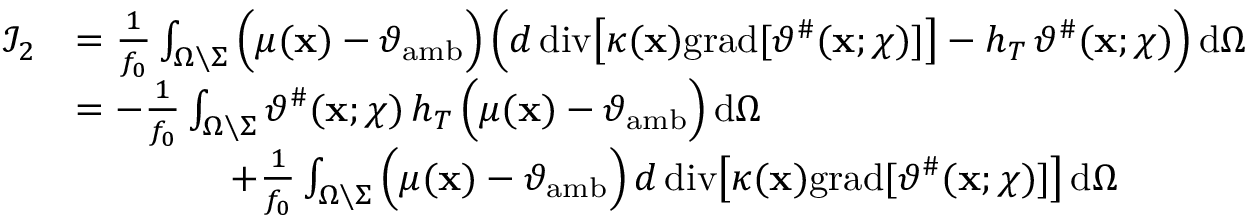
\begin{array} { r l } { \mathcal { I } _ { 2 } } & { = \frac { 1 } { f _ { 0 } } \int _ { \Omega \setminus \Sigma } \Big ( \mu ( \mathbf { x } ) - \vartheta _ { \mathrm { a m b } } \Big ) \, \Big ( d \, \mathrm { d i v } \big [ \kappa ( \mathbf { x } ) \mathrm { g r a d } [ \vartheta ^ { \# } ( \mathbf { x } ; \chi ) ] \big ] - h _ { T } \, \vartheta ^ { \# } ( \mathbf { x } ; \chi ) \Big ) \, \mathrm { d } \Omega } \\ & { = - \frac { 1 } { f _ { 0 } } \int _ { \Omega \setminus \Sigma } \vartheta ^ { \# } ( \mathbf { x } ; \chi ) \, h _ { T } \, \Big ( \mu ( \mathbf { x } ) - \vartheta _ { \mathrm { a m b } } \Big ) \, \mathrm { d } \Omega } \\ & { \qquad \qquad + \frac { 1 } { f _ { 0 } } \int _ { \Omega \setminus \Sigma } \Big ( \mu ( \mathbf { x } ) - \vartheta _ { \mathrm { a m b } } \Big ) \, d \, \mathrm { d i v } \big [ \kappa ( \mathbf { x } ) \mathrm { g r a d } [ \vartheta ^ { \# } ( \mathbf { x } ; \chi ) ] \big ] \, \mathrm { d } \Omega } \end{array}